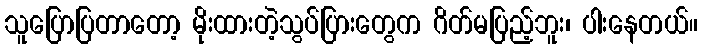
သူပြောပြတာတော့ မိုးထားတဲ့သွပ်ပြားတွေက ဂိတ်မပြည့်ဘူး၊ ပါးနေတယ်။